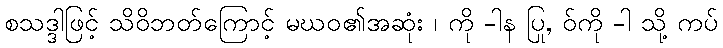
စသဒ္ဒါဖြင့် သိဝိဘတ်ကြောင့် မဃဝ၏အဆုံး ၊ ကို -ါန ပြု, ဝ်ကို -ါ သို့ ကပ်